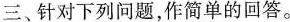
三、针对下列问题,作简单的回答。